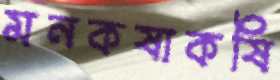
মনকষাকষি